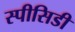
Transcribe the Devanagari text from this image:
स्पीसिडी